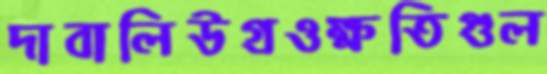
দাবালিউগ্‌রওক্ষতিগুল